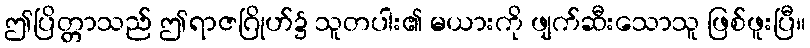
ဤပြိတ္တာသည် ဤရာဇဂြိုဟ်၌ သူတပါး၏ မယားကို ဖျက်ဆီးသောသူ ဖြစ်ဖူးပြီ။